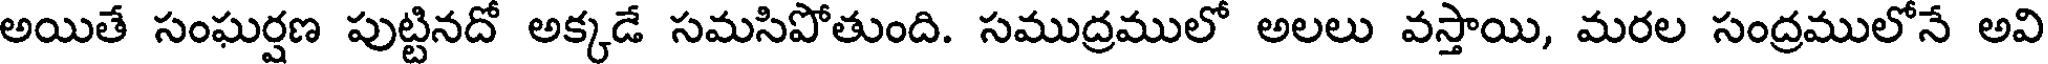
అయితే సంఘర్షణ పుట్టినదో అక్కడే సమసిపోతుంది. సముద్రములో అలలు వస్తాయి, మరల సంద్రములోనే అవి